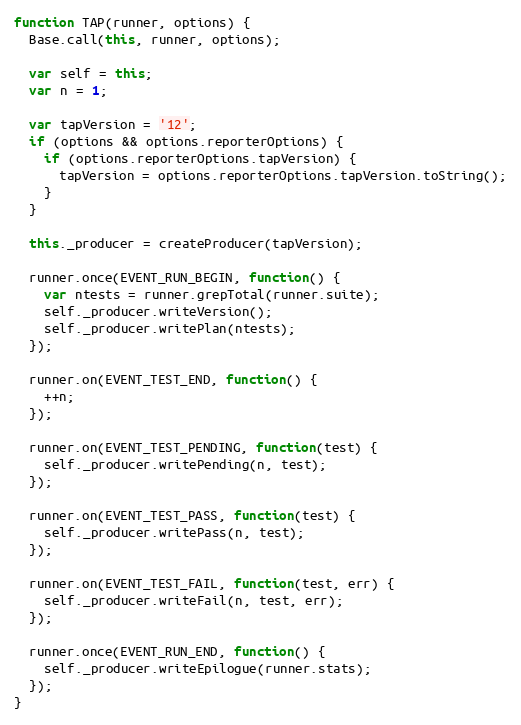
Language: JavaScript
function TAP(runner, options) {
  Base.call(this, runner, options);

  var self = this;
  var n = 1;

  var tapVersion = '12';
  if (options && options.reporterOptions) {
    if (options.reporterOptions.tapVersion) {
      tapVersion = options.reporterOptions.tapVersion.toString();
    }
  }

  this._producer = createProducer(tapVersion);

  runner.once(EVENT_RUN_BEGIN, function() {
    var ntests = runner.grepTotal(runner.suite);
    self._producer.writeVersion();
    self._producer.writePlan(ntests);
  });

  runner.on(EVENT_TEST_END, function() {
    ++n;
  });

  runner.on(EVENT_TEST_PENDING, function(test) {
    self._producer.writePending(n, test);
  });

  runner.on(EVENT_TEST_PASS, function(test) {
    self._producer.writePass(n, test);
  });

  runner.on(EVENT_TEST_FAIL, function(test, err) {
    self._producer.writeFail(n, test, err);
  });

  runner.once(EVENT_RUN_END, function() {
    self._producer.writeEpilogue(runner.stats);
  });
}